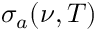
\sigma _ { a } ( \nu , T )